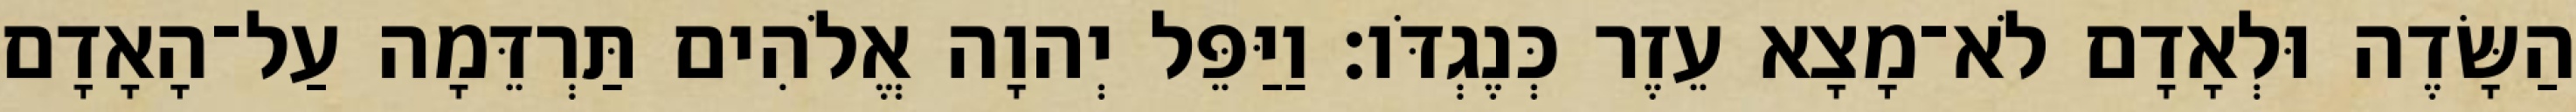
הַשָּׂדֶה וּלְאָדָם לֹא־מָצָא עֵזֶר כְּנֶגְדֹּו׃ וַיַּפֵּל יְהוָה אֱלֹהִים תַּרְדֵּמָה עַל־הָאָדָם